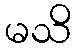
မသိ